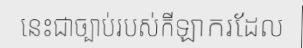
នេះជាច្បាប់របស់កីឡាករដែល